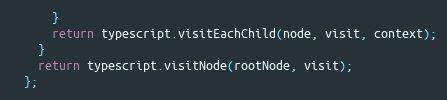
Language: JavaScript
      }
      return typescript.visitEachChild(node, visit, context);
    }
    return typescript.visitNode(rootNode, visit);
  };